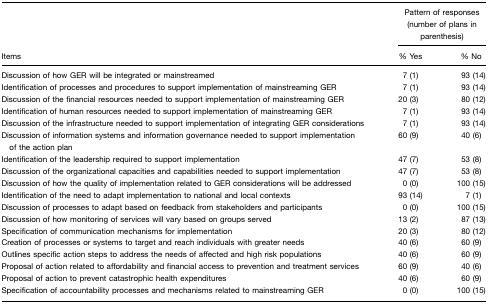
<table><thead><tr><td>[EMPTY_CELL]</td><td colspan="2"><b>Pattern of responses (number of plans in parenthesis)</b></td></tr><tr><td><b>Items</b></td><td><b>% Yes</b></td><td><b>% No</b></td></tr></thead><tbody><tr><td>Discussion of how GER will be integrated or mainstreamed</td><td>7 (1)</td><td>93 (14)</td></tr><tr><td>Identification of processes and procedures to support implementation of mainstreaming GER</td><td>7 (1)</td><td>93 (14)</td></tr><tr><td>Discussion of the financial resources needed to support implementation of mainstreaming GER</td><td>20 (3)</td><td>80 (12)</td></tr><tr><td>Identification of human resources needed to support implementation of mainstreaming GER</td><td>7 (1)</td><td>93 (14)</td></tr><tr><td>Discussion of the infrastructure needed to support implementation of integrating GER considerations</td><td>7 (1)</td><td>93 (14)</td></tr><tr><td>Discussion of information systems and information governance needed to support implementation of the action plan</td><td>60 (9)</td><td>40 (6)</td></tr><tr><td>Identification of the leadership required to support implementation</td><td>47 (7)</td><td>53 (8)</td></tr><tr><td>Discussion of the organizational capacities and capabilities needed to support implementation</td><td>47 (7)</td><td>53 (8)</td></tr><tr><td>Discussion of how the quality of implementation related to GER considerations will be addressed</td><td>0 (0)</td><td>100 (15)</td></tr><tr><td>Identification of the need to adapt implementation to national and local contexts</td><td>93 (14)</td><td>7 (1)</td></tr><tr><td>Discussion of processes to adapt based on feedback from stakeholders and participants</td><td>0 (0)</td><td>100 (15)</td></tr><tr><td>Discussion of how monitoring of services will vary based on groups served</td><td>13 (2)</td><td>87 (13)</td></tr><tr><td>Specification of communication mechanisms for implementation</td><td>20 (3)</td><td>80 (12)</td></tr><tr><td>Creation of processes or systems to target and reach individuals with greater needs</td><td>40 (6)</td><td>60 (9)</td></tr><tr><td>Outlines specific action steps to address the needs of affected and high risk populations</td><td>40 (6)</td><td>60 (9)</td></tr><tr><td>Proposal of action related to affordability and financial access to prevention and treatment services</td><td>60 (9)</td><td>40 (6)</td></tr><tr><td>Proposal of action to prevent catastrophic health expenditures</td><td>40 (6)</td><td>60 (9)</td></tr><tr><td>Specification of accountability processes and mechanisms related to mainstreaming GER</td><td>0 (0)</td><td>100 (15)</td></tr></tbody></table>